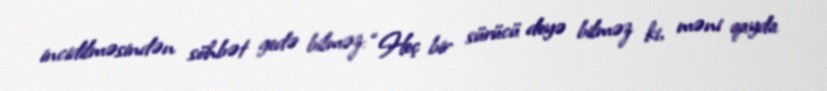
incidilməsindən söhbət gedə bilməz: “Heç bir sürücü deyə bilməz ki, məni qayda